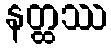
နတ္ထဿ